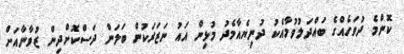
ކޮންމެ ދުވަހެއްގެ ބައްދަލުވުމާއެކު ދުނިޔެއާމެދު މުޅިން އައު ނަޒަރަކުން ބަލަން ދަސްކޮށްދިން ޒުވާނާއަށް